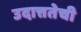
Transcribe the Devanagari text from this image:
उदात्ततेची